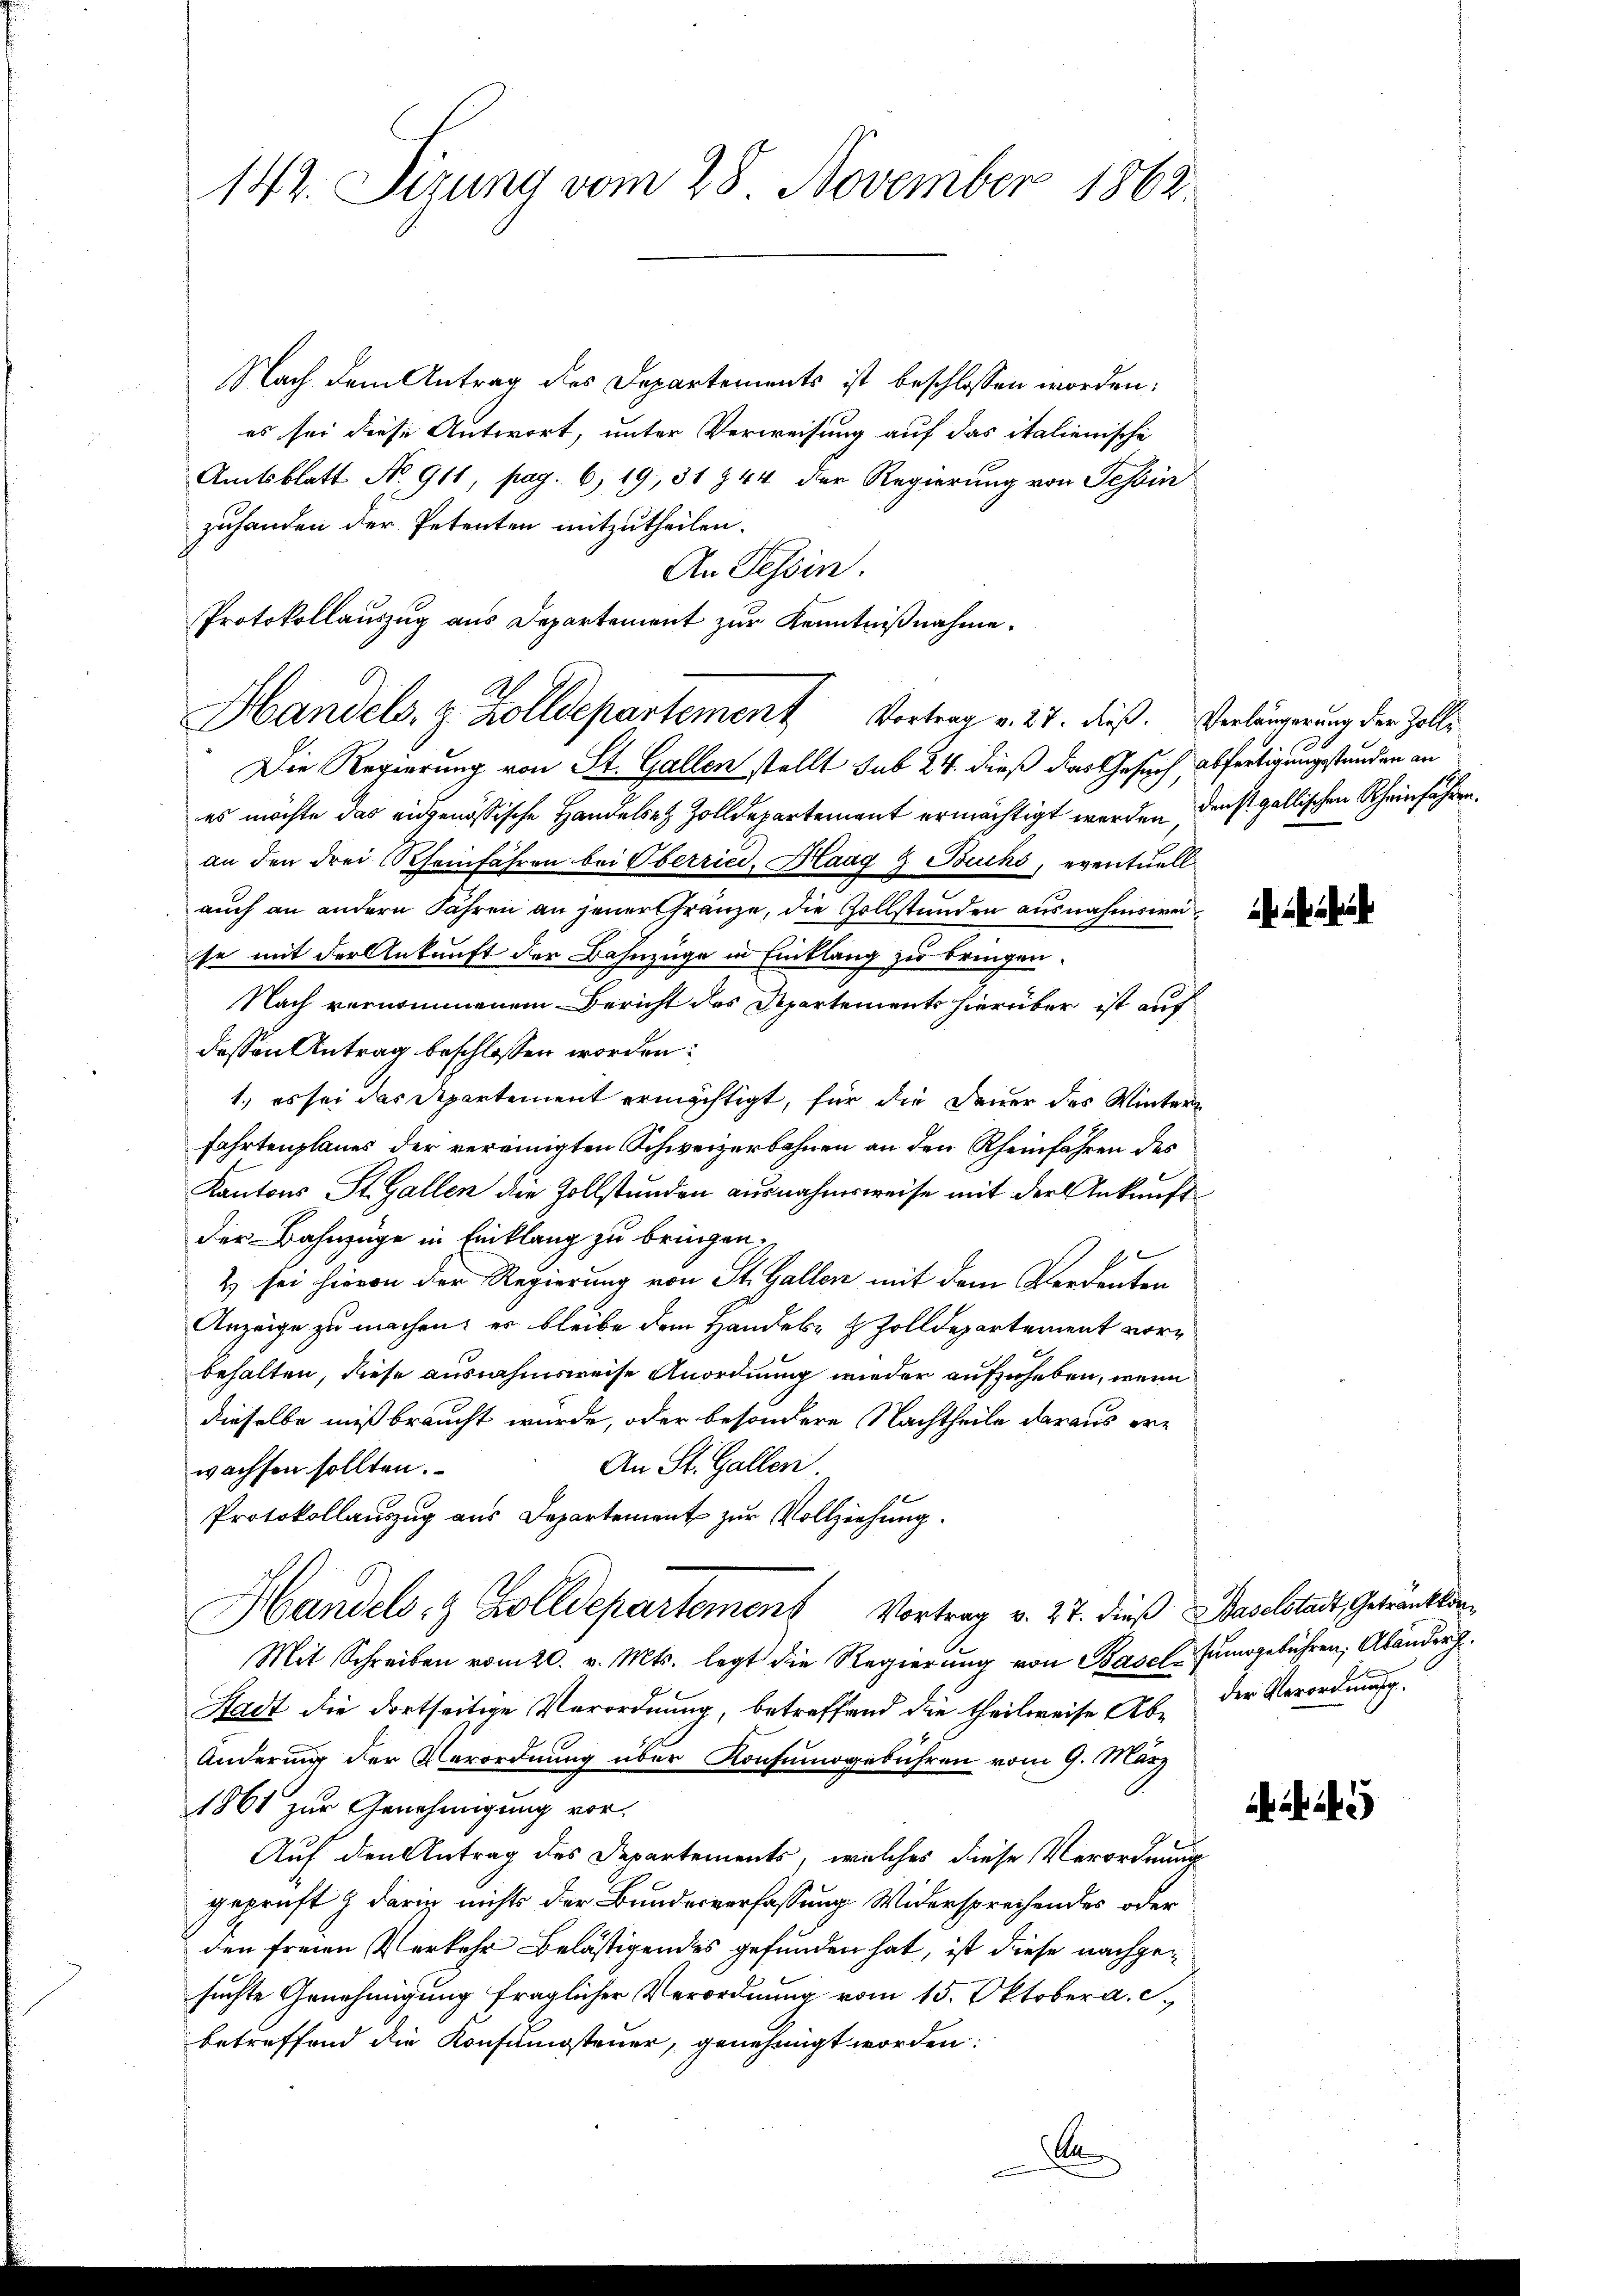
142. Sizung vom 28. November 1862.

Nach dem Antrag des Departements ist beschlossen worden:
es sei diese Antwort, unter Verweisung auf das italienische
Amtsblatt No 911, pag. 6, 19, 31 § 44 der Regierung von Tessin
zuhanden der Petenten mitzutheilen.
An Tessin.
Die Regierung von St. Gallen stellt sub 24. dieß dies Gesuch abfertigungstunden an
es möchte das eigenössische Handelsez Zolldepartement ermächtigt werden denst gallischen Rheinfahren.
an den drei Rheinfahren bei Oberried, Flaag & Buchs, eventuell
auch an andern Jahren an jener Franze, die Gollstunden ausnahmsweise mit der Ankunft der Bahnzüge in Einklang zu bringen.
Nach vernommenem Bericht des Departements hierüber ist auf
dessen Antrag beschlossen worden:
1., es sei das Departement ermächtigt, für die Dauer des Wintern
Fahrtenplanes der vereinigten Schweizerbahnen an den Rheinfahren des
Kantons St. Gallen die Zollstunden ausnahmsweise mit der Ankunft
der Bahnzüge in Einklang zu bringen.
2 sei hievon der Regierung von St. Gallen mit dem Verdenten
Anzeige zu machen; es bleibe dem Handel- & Zolldepartement vorbehalten, diese ausnahmsweise Anordnung wieder aufzuheben, wenn
dieselbe mißbraucht wurde, oder besondere Nachtheile daraus er¬
An St. Gallen
wachsen sollten.
Protokollauszug aus Departement zur Vollziehung.
Handels- & Zolldepartement Vortrag v. 27. dieß Baselstadt, Getränklin
Mit Schreiben vom 20. v. Mts. legt die Regierŭng von Basclsŭngebühren, Abänder
Stadt die dortseitige Verordnung, betreffend die theilweise Ab- der Verordnungs¬
Änderung der Verordnung über Konsumogebühren vom 9. März
1861 zur Genehmigung vor.
Auf den Antrag des Departements, welches diese Verordnung
geprüft & darin nichts der Bundesverfassung Widersprechendes oder
den freien Verkehr belästigendes gefunden hat, ist diese nachgesuchte Genehmigung fraglicher Verordnung vom 15. Oktober a. c.
betreffend die Konsumsteuer, genehmigt worden:

Protokollauszug aus Departement zur Kenntnißnahme.
Handels- & Zolldepartement Vortrag v. 27. dieß. Verlängerung der Zolli¬

5